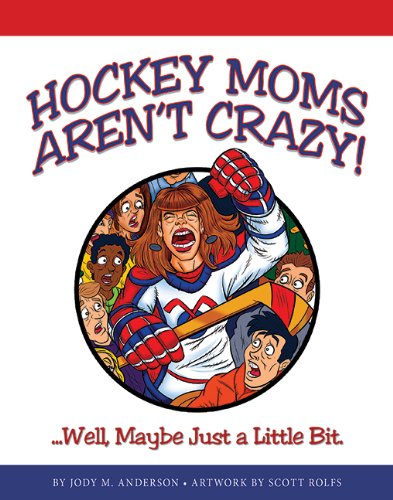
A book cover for Hockey Moms Aren't Crazy! Well, Maybe Just a Little Bit.; Jody M. Anderson; Humor & Entertainment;